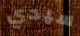
سيدي